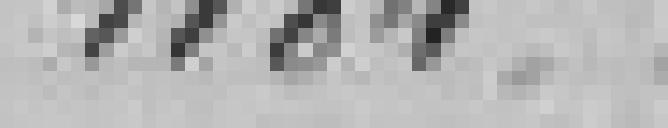
1184